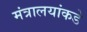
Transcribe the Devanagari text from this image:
मंत्रालयांकडे